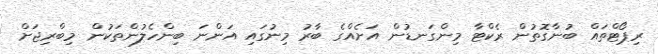
ރިޕޯޓްތައް ބުނާގޮތުން ރެކްޓާ މިންގަނޑުން އަށެއްގެ ބާރު މިނުގައި އަންނަ ބިންހެލުންތަކުން މިބްރިޖަށް